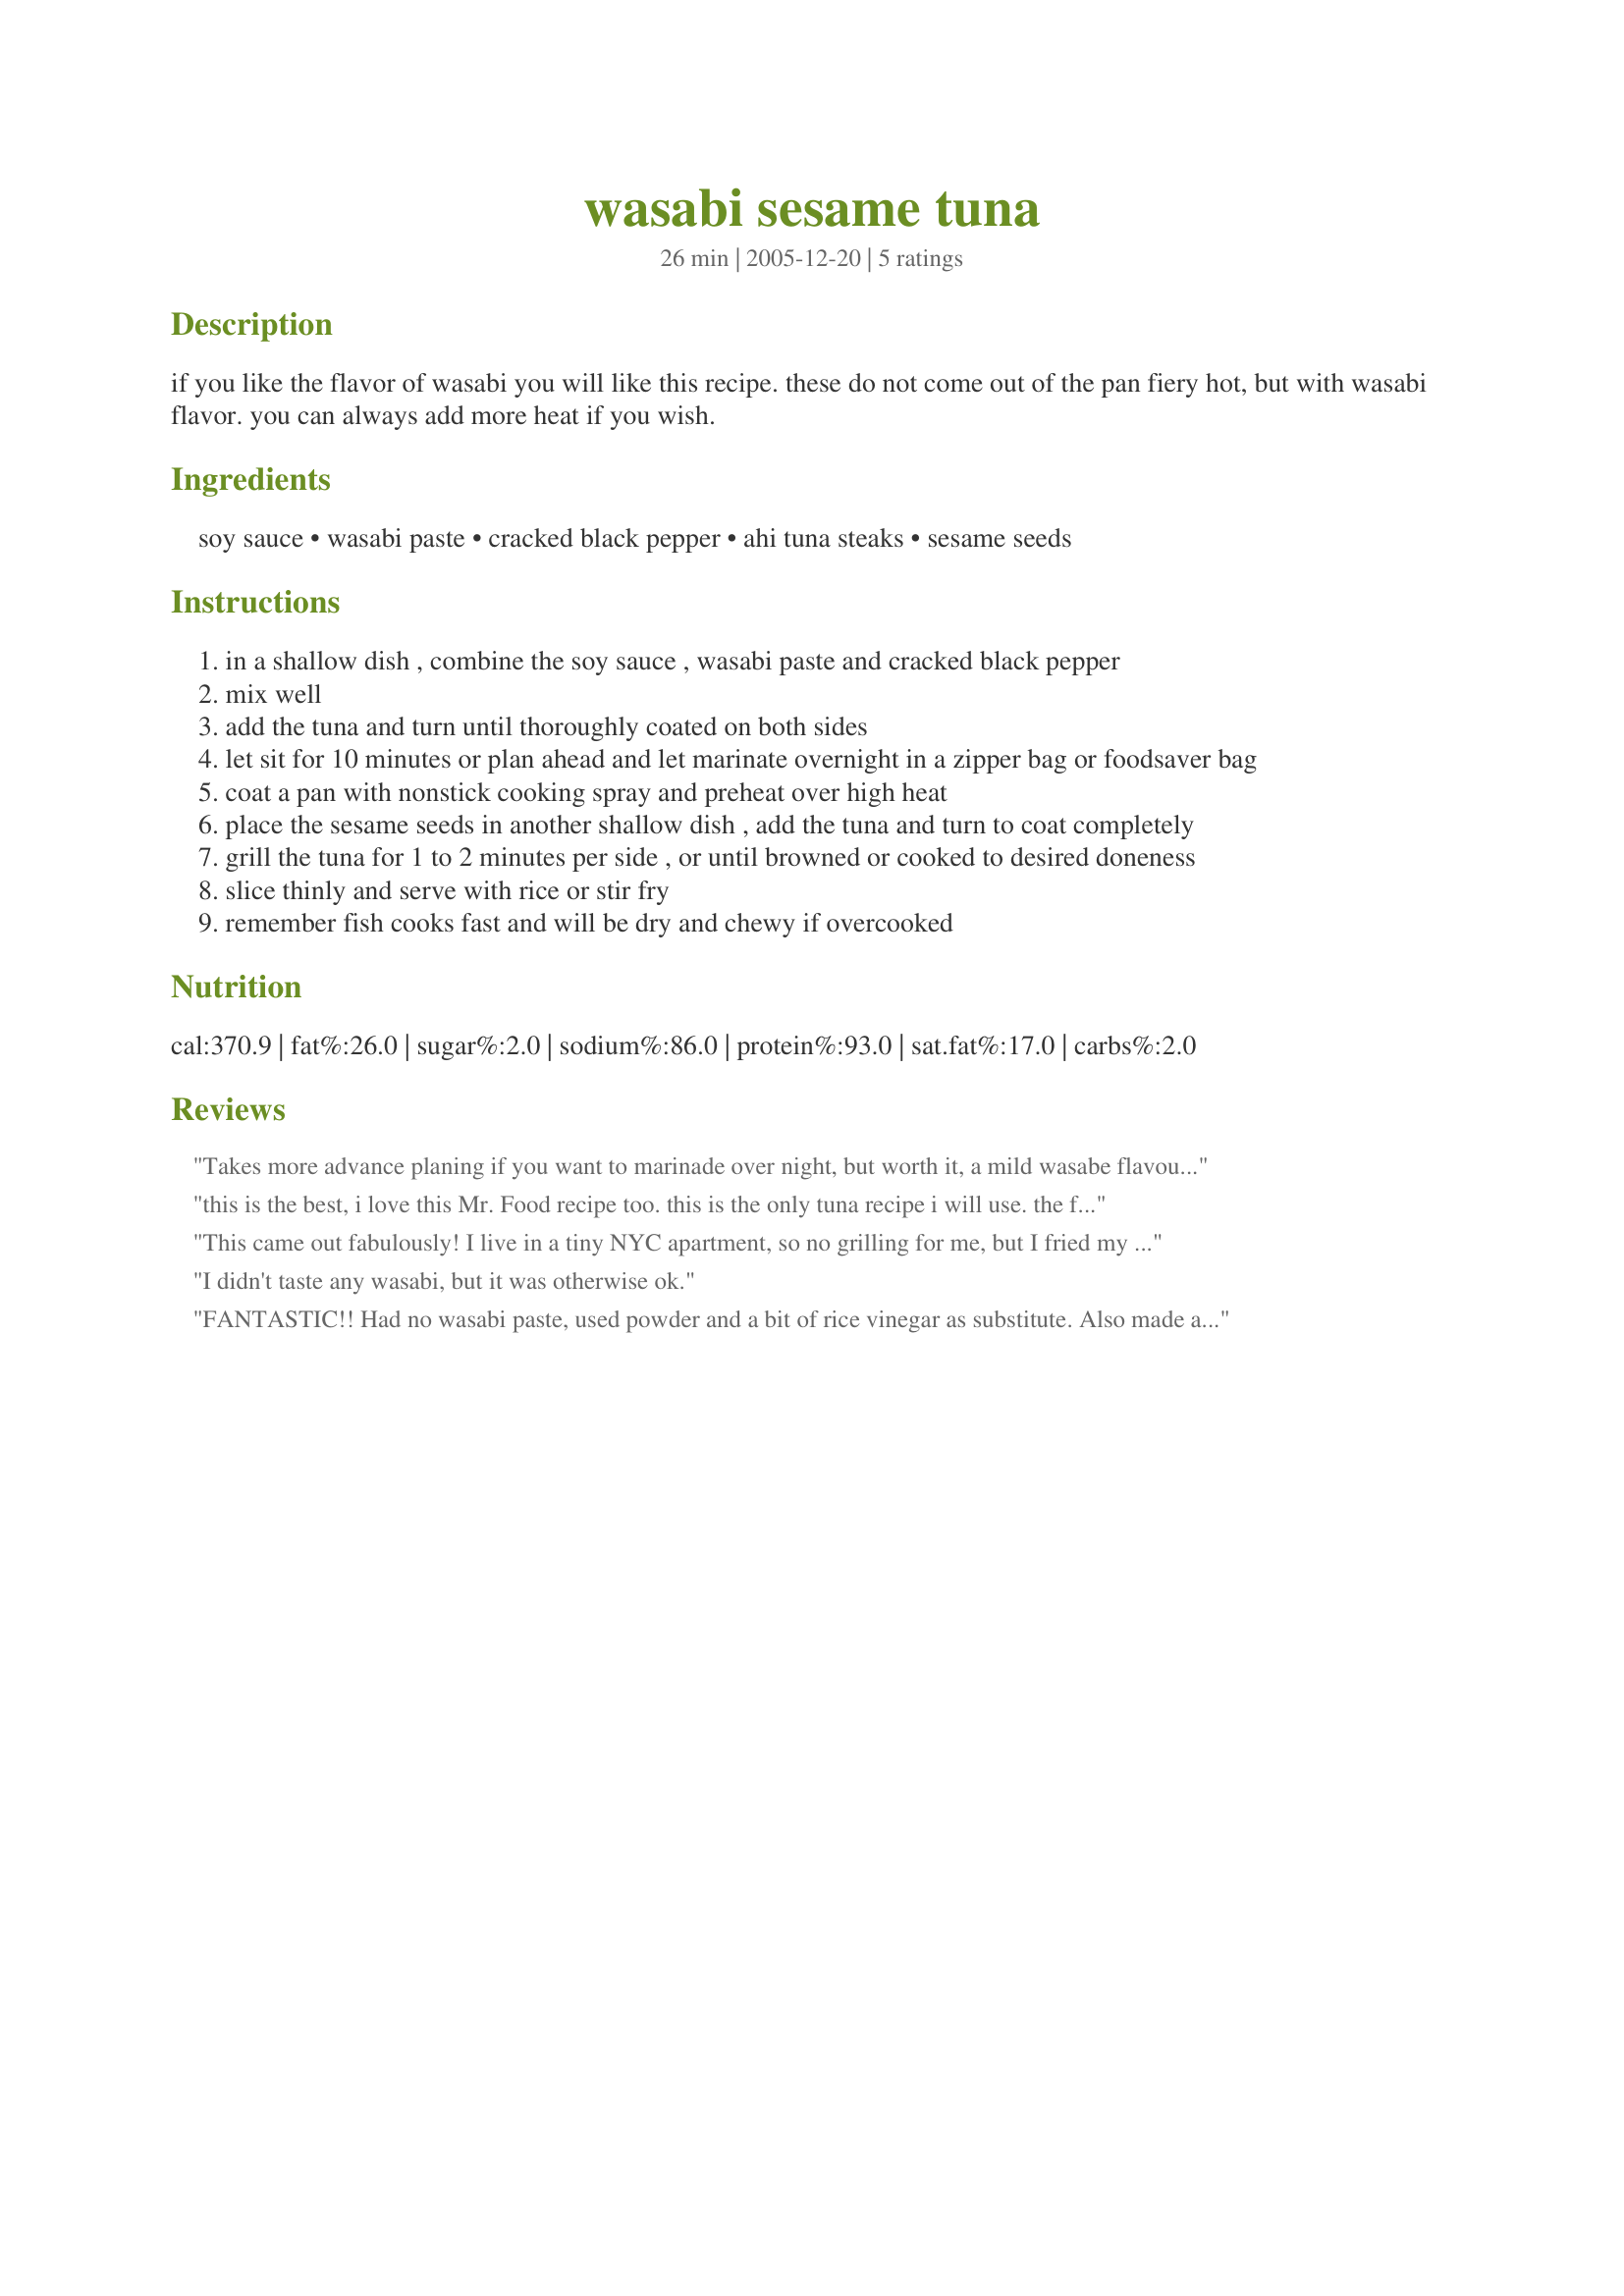
wasabi sesame tuna
Preparation time: 26 minutes

if you like the flavor of wasabi you will like this recipe. these do not come out of the pan fiery hot, but with wasabi flavor. you can always add more heat if you wish.

Ingredients:
soy sauce, wasabi paste, cracked black pepper, ahi tuna steaks, sesame seeds

Steps:
in a shallow dish , combine the soy sauce , wasabi paste and cracked black pepper
mix well
add the tuna and turn until thoroughly coated on both sides
let sit for 10 minutes or plan ahead and let marinate overnight in a zipper bag or foodsaver bag
coat a pan with nonstick cooking spray and preheat over high heat
place the sesame seeds in another shallow dish , add the tuna and turn to coat completely
grill the tuna for 1 to 2 minutes per side , or until browned or cooked to desired doneness
slice thinly and serve with rice or stir fry
remember fish cooks fast and will be dry and chewy if overcooked

Reviews:
Takes more advance planing if you want to marinade over night, but worth it, a mild wasabe flavour develops; I added a little more wasabe on the side and also the ginger recommended below

Not something I will make too often but still a keeper.
this is the best, i love this Mr. Food recipe too. this is the only tuna recipe i will use. the fish turns out moist and the sesame crust is delicious and the wasabi does not burn, just adds wonderful flavor. this recipe is superb. thank you for posting it.
This came out fabulously! I live in a tiny NYC apartment, so no grilling for me, but I fried my tuna in dark sesame oil, which turned out just great. I served it with extra wasabi on the side and pickled ginger.
I didn't taste any wasabi, but it was otherwise ok.
FANTASTIC!!
Had no wasabi paste, used powder and a bit of rice vinegar as substitute. Also made a plate sauce by mixing 2T wasabi powder, 1t rice vinegar and ( for heat's sake...) 1 t fresh horseradish.HINT: The Cracked pepper is KEY to success of this recipe!!

This was made as "trial" recipe for family coming in town next week...is DEFINITELY a WINNER and WILL be served! Thanks, DandyDon!
